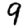
Digit: 9